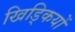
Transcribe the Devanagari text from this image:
खिड्कियों